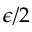
\epsilon / 2